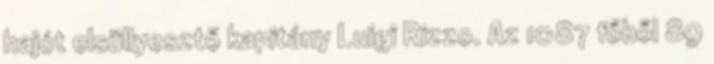
hajót elsüllyesztő kapitány Luigi Rizzo. Az 1087 főből 89